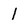
Character: 1